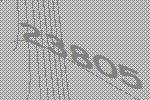
23805